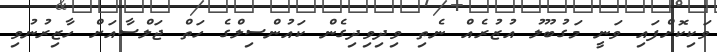
ވަކިކޮށްފައި ވަނީ މަގުބޫލު އުޒުރެއް ނެތި ވިދިވިދިގެން ކައުންސިލްގެ ހަތް ޖަލްސާއަށް ހާޒިރުނުވި